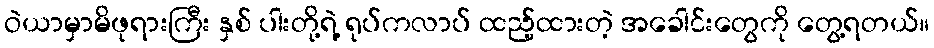
ဝဲယာမှာမိဖုရားကြီး နှစ် ပါးတို့ရဲ့ ရုပ်ကလာပ် ထည့်ထားတဲ့ အခေါင်းတွေကို တွေ့ရတယ်။